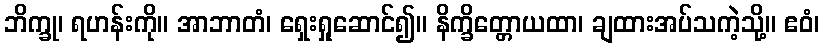
ဘိက္ခု၊ ရဟန်းကို။ အာဘာတံ၊ ရှေးရှုဆောင်၍။ နိက္ခိတ္တောယထာ၊ ချထားအပ်သကဲ့သို့။ ဧဝံ၊